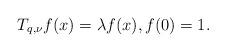
LaTeX: \begin{align*}T_{q,\nu}f(x)=\lambda f(x),f(0)=1.\end{align*}